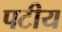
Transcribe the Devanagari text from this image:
पटीय